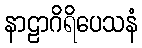
နာဠာဂိရိပေသနံ